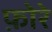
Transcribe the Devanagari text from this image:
फ़ोरे